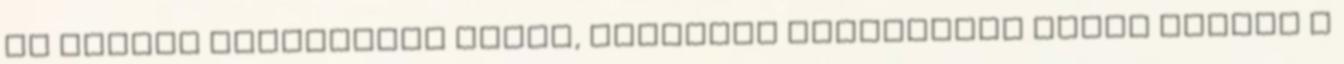
az asztal mindenféle jóval, szívesen megosztjuk veled Hiszen a